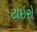
ટાઇરો